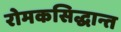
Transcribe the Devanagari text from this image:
रोमकसिद्धान्त